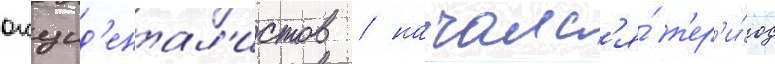
окцид'ентал'истов / началс'я́ п'ер'и́од